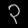
Digit: ၃